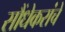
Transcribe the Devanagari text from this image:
सौंधेकरांचे